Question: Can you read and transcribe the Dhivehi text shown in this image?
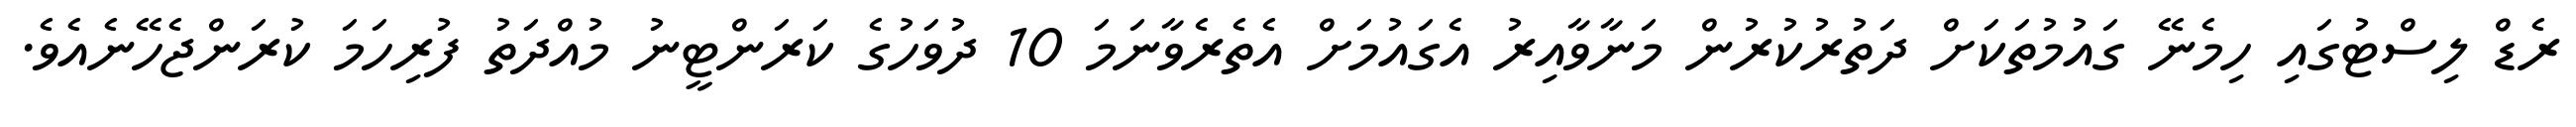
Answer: ރެޑް ލިސްޓުގައި ހިމެނޭ ގައުމުތަކަށް ދަތުރުކުރުން މަނާވާއިރު އެގައުމަށް އެތެރެވާނަމަ 10 ދުވަހުގެ ކަރަންޓީނު މުއްދަތު ފުރިހަމަ ކުރަންޖެހޭނެއެވެ.